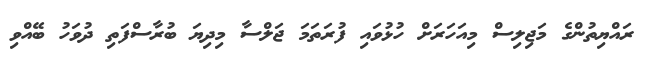
ރައްޔިތުންގެ މަޖިލިސް މިއަހަރަށް ހުޅުވައި ފުރަތަމަ ޖަލްސާ މިދިޔަ ބުރާސްފަތި ދުވަހު ބޭއްވި